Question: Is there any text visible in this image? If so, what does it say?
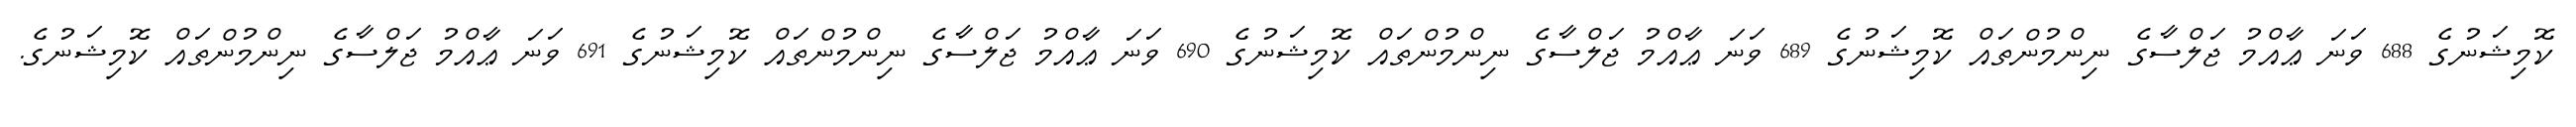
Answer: ކޮމިޝަނުގެ 688 ވަނަ ޢާއްމު ޖަލްސާގެ ނިންމުންތައް ކޮމިޝަނުގެ 689 ވަނަ ޢާއްމު ޖަލްސާގެ ނިންމުންތައް ކޮމިޝަނުގެ 690 ވަނަ ޢާއްމު ޖަލްސާގެ ނިންމުންތައް ކޮމިޝަނުގެ 691 ވަނަ ޢާއްމު ޖަލްސާގެ ނިންމުންތައް ކޮމިޝަނުގެ.